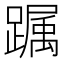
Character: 𨅛